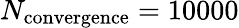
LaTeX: N_{\mathrm{convergence}}=10000